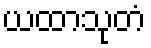
ယထာသုတံ